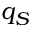
q _ { S }